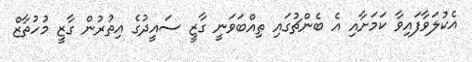
އެކުލަވާފައިވާ ކަމަށާއި އެ ބެންޗުގައި ތިއްބަވަނީ ގާޒީ ސައީދުގެ އިތުރުން ގާޒީ މުހުތާޒް